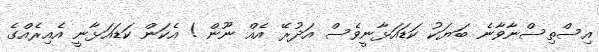
އިސްތިސްނާވާނެ ބަޔަކު ކަޑައަޅާނީވެސް އަދުރޭ އެއް ނޫން ! އެކަން ކަޑައަޅާނީ އެއިރެއްގެ